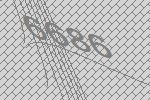
6686